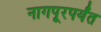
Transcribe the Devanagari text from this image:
नागपूरपर्यंत